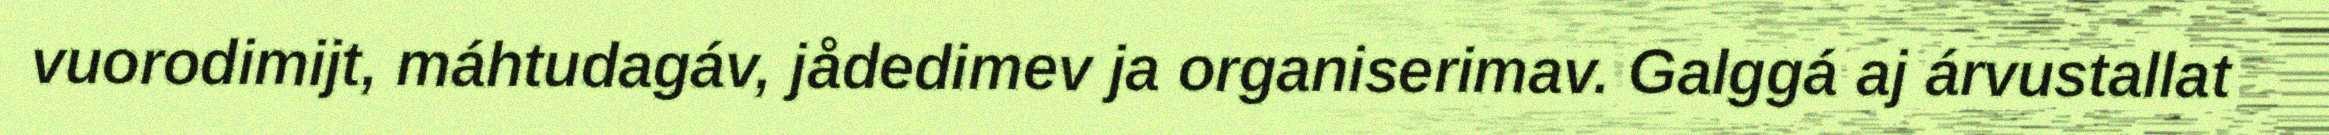
vuorodimijt, máhtudagáv, jådedimev ja organiserimav. Galggá aj árvustallat